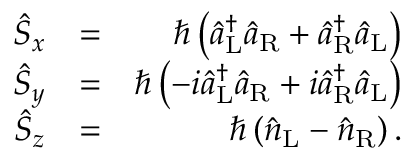
\begin{array} { r l r } { \hat { S } _ { x } } & { = } & { \hbar \left( \hat { a } _ { \mathrm { L } } ^ { \dagger } \hat { a } _ { \mathrm { R } } + \hat { a } _ { \mathrm { R } } ^ { \dagger } \hat { a } _ { \mathrm { L } } \right) } \\ { \hat { S } _ { y } } & { = } & { \hbar \left( - i \hat { a } _ { \mathrm { L } } ^ { \dagger } \hat { a } _ { \mathrm { R } } + i \hat { a } _ { \mathrm { R } } ^ { \dagger } \hat { a } _ { \mathrm { L } } \right) } \\ { \hat { S } _ { z } } & { = } & { \hbar \left( \hat { n } _ { \mathrm { L } } - \hat { n } _ { \mathrm { R } } \right) . } \end{array}